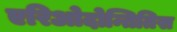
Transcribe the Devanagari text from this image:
एरिओदोन्तितिस